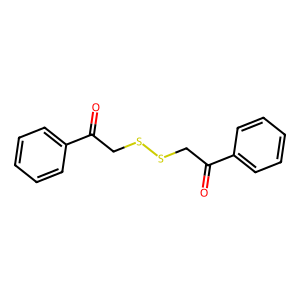
SMILES: O=C(CSSCC(=O)c1ccccc1)c1ccccc1
Inhibits HIV replication: No